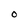
Character: O